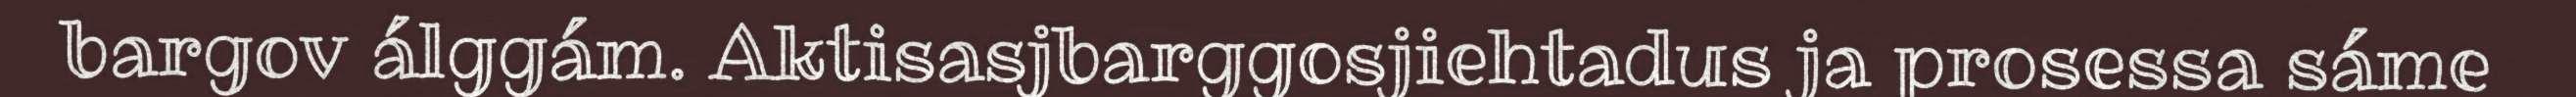
bargov álggám. Aktisasjbarggosjiehtadus ja prosessa sáme